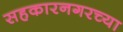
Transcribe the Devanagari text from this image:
सहकारनगरच्या